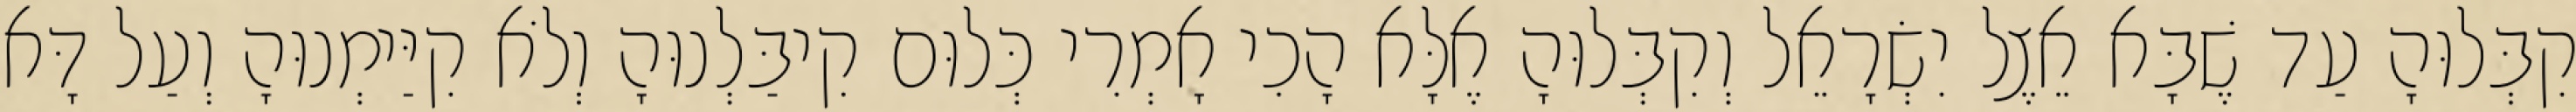
קִבְּלוּהָ עַד שֶׁבָּא אֵצֶל יִשְׂרָאֵל וְקִבְּלוּהָ אֶלָּא הָכִי אָמְרִי כְּלוּם קִיבַּלְנוּהָ וְלֹא קִיַּימְנוּהָ וְעַל דָּא